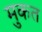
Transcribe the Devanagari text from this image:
मुकत